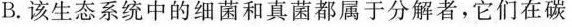
B.该生态系统中的细菌和真菌都属于分解者，它们在碳